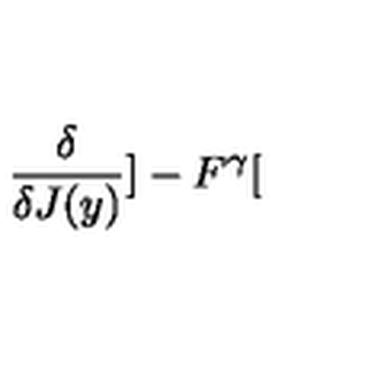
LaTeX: \frac { \delta } { \delta J ( y ) } ] - F ^ { \gamma } [